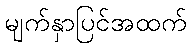
မျက်နှာပြင်အထက်